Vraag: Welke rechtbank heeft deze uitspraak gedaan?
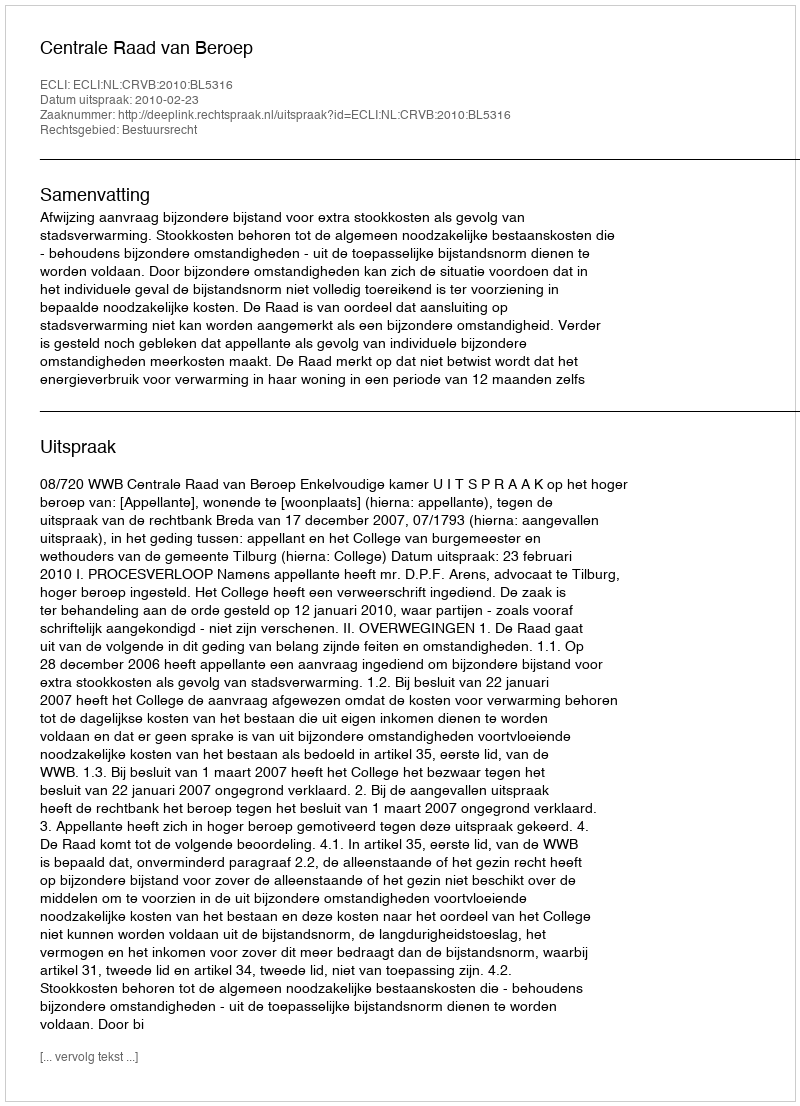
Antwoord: Centrale Raad van Beroep